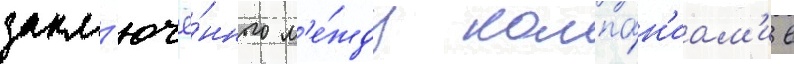
закл'ючё́нного м'е́жду компа́н'иам'и в